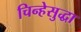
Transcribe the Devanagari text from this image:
चिन्हेसुद्धा